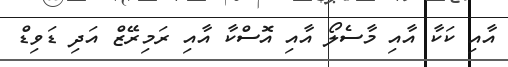
އާއި ކަކާ އާއި މާސެލޯ އާއި އޮސްކާ އާއި ރަމިރޭޒް އަދި ޑަވިޑް